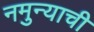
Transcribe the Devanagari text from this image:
नमुन्याची